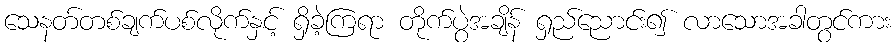
သေနတ်တစ်ချက်ပစ်လိုက်နှင့် ရှိခဲ့ကြရာ တိုက်ပွဲအချိန် ရှည်ညောင်း၍ လာသောအခါတွင်ကား